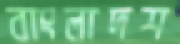
বাংলাদশ